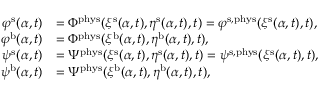
\begin{array} { r l } { \varphi ^ { \mathrm { s } } ( \alpha , t ) } & { = \Phi ^ { \mathrm { p h y s } } ( \xi ^ { \mathrm { s } } ( \alpha , t ) , \eta ^ { \mathrm { s } } ( \alpha , t ) , t ) = \varphi ^ { \mathrm { s } , \mathrm { p h y s } } ( \xi ^ { \mathrm { s } } ( \alpha , t ) , t ) , } \\ { \varphi ^ { \mathrm { b } } ( \alpha , t ) } & { = \Phi ^ { \mathrm { p h y s } } ( \xi ^ { \mathrm { b } } ( \alpha , t ) , \eta ^ { \mathrm { b } } ( \alpha , t ) , t ) , } \\ { \psi ^ { \mathrm { s } } ( \alpha , t ) } & { = \Psi ^ { \mathrm { p h y s } } ( \xi ^ { \mathrm { s } } ( \alpha , t ) , \eta ^ { \mathrm { s } } ( \alpha , t ) , t ) = \psi ^ { \mathrm { s } , \mathrm { p h y s } } ( \xi ^ { \mathrm { s } } ( \alpha , t ) , t ) , } \\ { \psi ^ { \mathrm { b } } ( \alpha , t ) } & { = \Psi ^ { \mathrm { p h y s } } ( \xi ^ { \mathrm { b } } ( \alpha , t ) , \eta ^ { \mathrm { b } } ( \alpha , t ) , t ) , } \end{array}